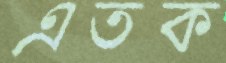
এতক